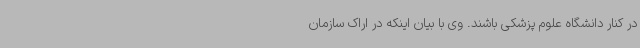
در کنار دانشگاه علوم پزشکی باشند. وی با بیان اینکه در اراک سازمان